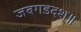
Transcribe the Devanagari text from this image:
जबगडदश्॥